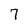
Character: 7